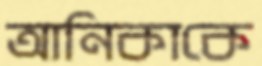
আনিকাকে